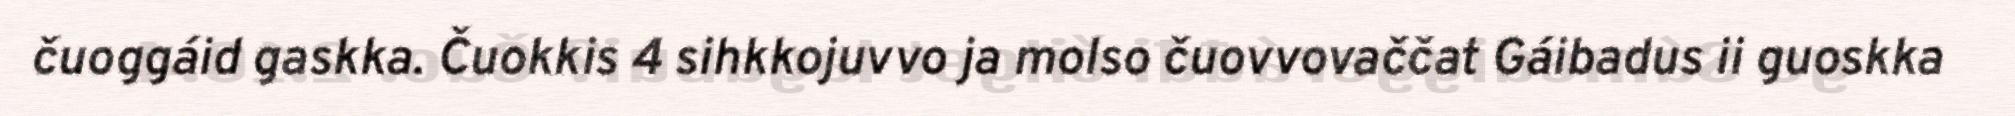
čuoggáid gaskka. Čuokkis 4 sihkkojuvvo ja molso čuovvovaččat Gáibadus ii guoskka